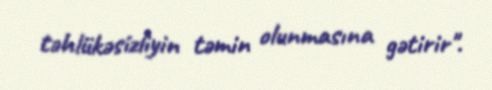
təhlükəsizliyin təmin olunmasına gətirir".